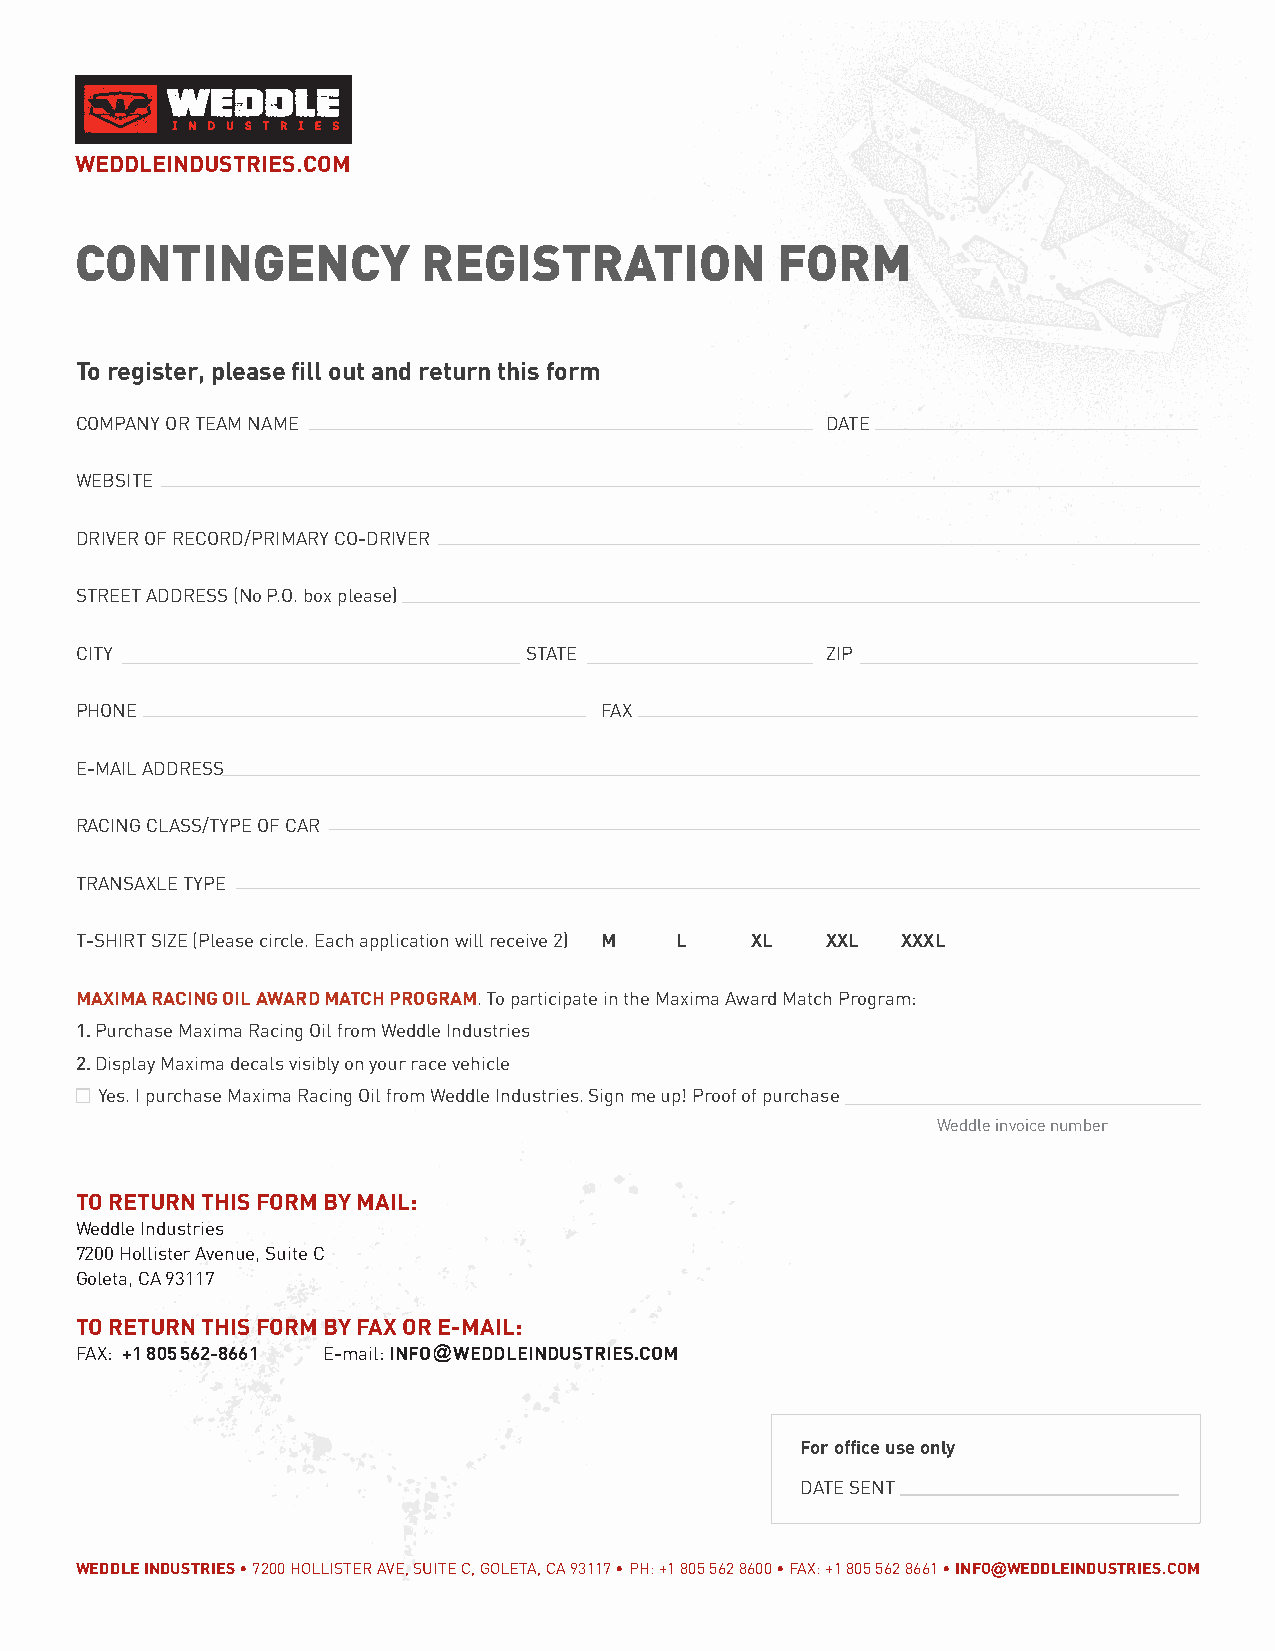
WEDDLEINDUSTRIES.COM
 CONTINGENCY            REGISTRATION           FORM
 To register, please fill out and return this form
 COMPANY OR TEAM NAME                              DATE
 WEBSITE
 DRIVER OF RECORD/PRIMARY CO-DRIVER
 STREET ADDRESS (No P.O. box please)
 CITY                          STATE               ZIP
 PHONE                              FAX
 E-MAIL ADDRESS
 RACING CLASS/TYPE OF CAR
 TRANSAXLE TYPE
 T-SHIRT SIZE (Please circle. Each application will receive 2) M L XL XXL XXXL
 MAXIMA RACING OIL AWARD MATCH PROGRAM. To participate in the Maxima Award Match Program:
 1. Purchase Maxima Racing Oil from Weddle Industries
 2. Display Maxima decals visibly on your race vehicle
 Yes. I purchase Maxima Racing Oil from Weddle Industries. Sign me up! Proof of purchase
 Weddle invoice number
 TO RETURN THIS FORM BY MAIL:
 Weddle Industries
 7200 Hollister Avenue, Suite C
 Goleta, CA 93117
 TO RETURN THIS FORM BY FAX OR E-MAIL:
 FAX: +1 805 562-8661 E-mail: INFO@WEDDLEINDUSTRIES.COM
 For office use only
 DATE SENT
 WEDDLE INDUSTRIES • 7200 HOLLISTER AVE, SUITE C, GOLETA, CA 93117 • PH: +1 805 562 8600 • FAX: +1 805 562 8661 • INFO@WEDDLEINDUSTRIES.COM